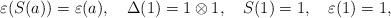
LaTeX: \begin{align*}\varepsilon(S(a))=\varepsilon(a),~~~\Delta(1)=1\otimes 1,~~~S(1)=1,~~~\varepsilon(1)=1,\end{align*}